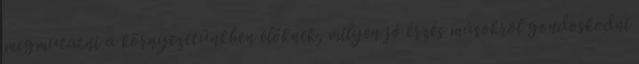
megmutatni a környezetünkben élőknek, milyen jó érzés másokról gondoskodni